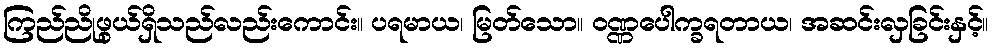
ကြည်ညိုဖွယ်ရှိသည်လည်းကောင်း။ ပရမာယ၊ မြတ်သော။ ဝဏ္ဏပေါက္ခရတာယ၊ အဆင်းလှခြင်းနှင့်။